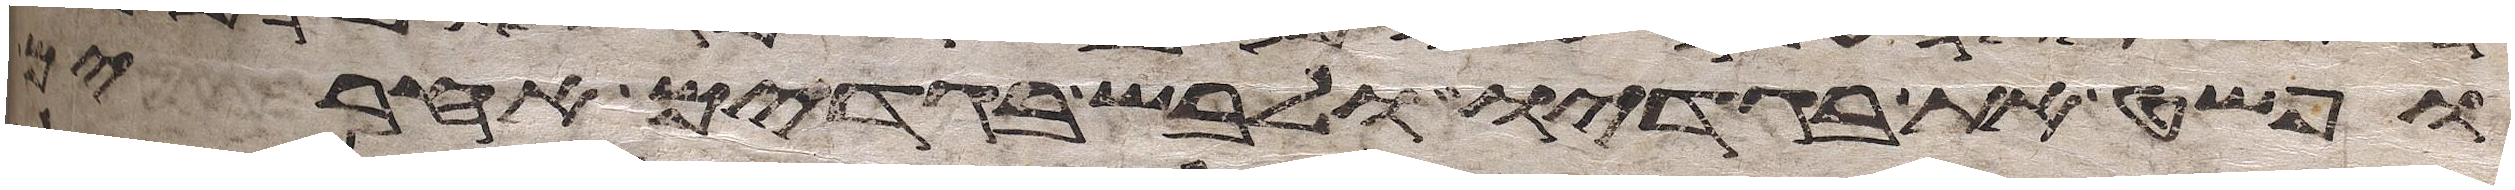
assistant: ופשט את בגדיו ולבש בגדים אחרים